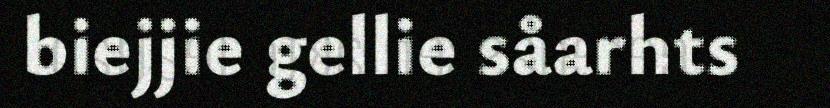
biejjie gellie såarhts